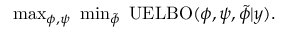
\begin{array} { r } { \operatorname* { m a x } _ { \phi , \psi } \ \operatorname* { m i n } _ { \Tilde { \phi } } \ \operatorname { U E L B O } ( \phi , \psi , \Tilde { \phi } \vert y ) . } \end{array}